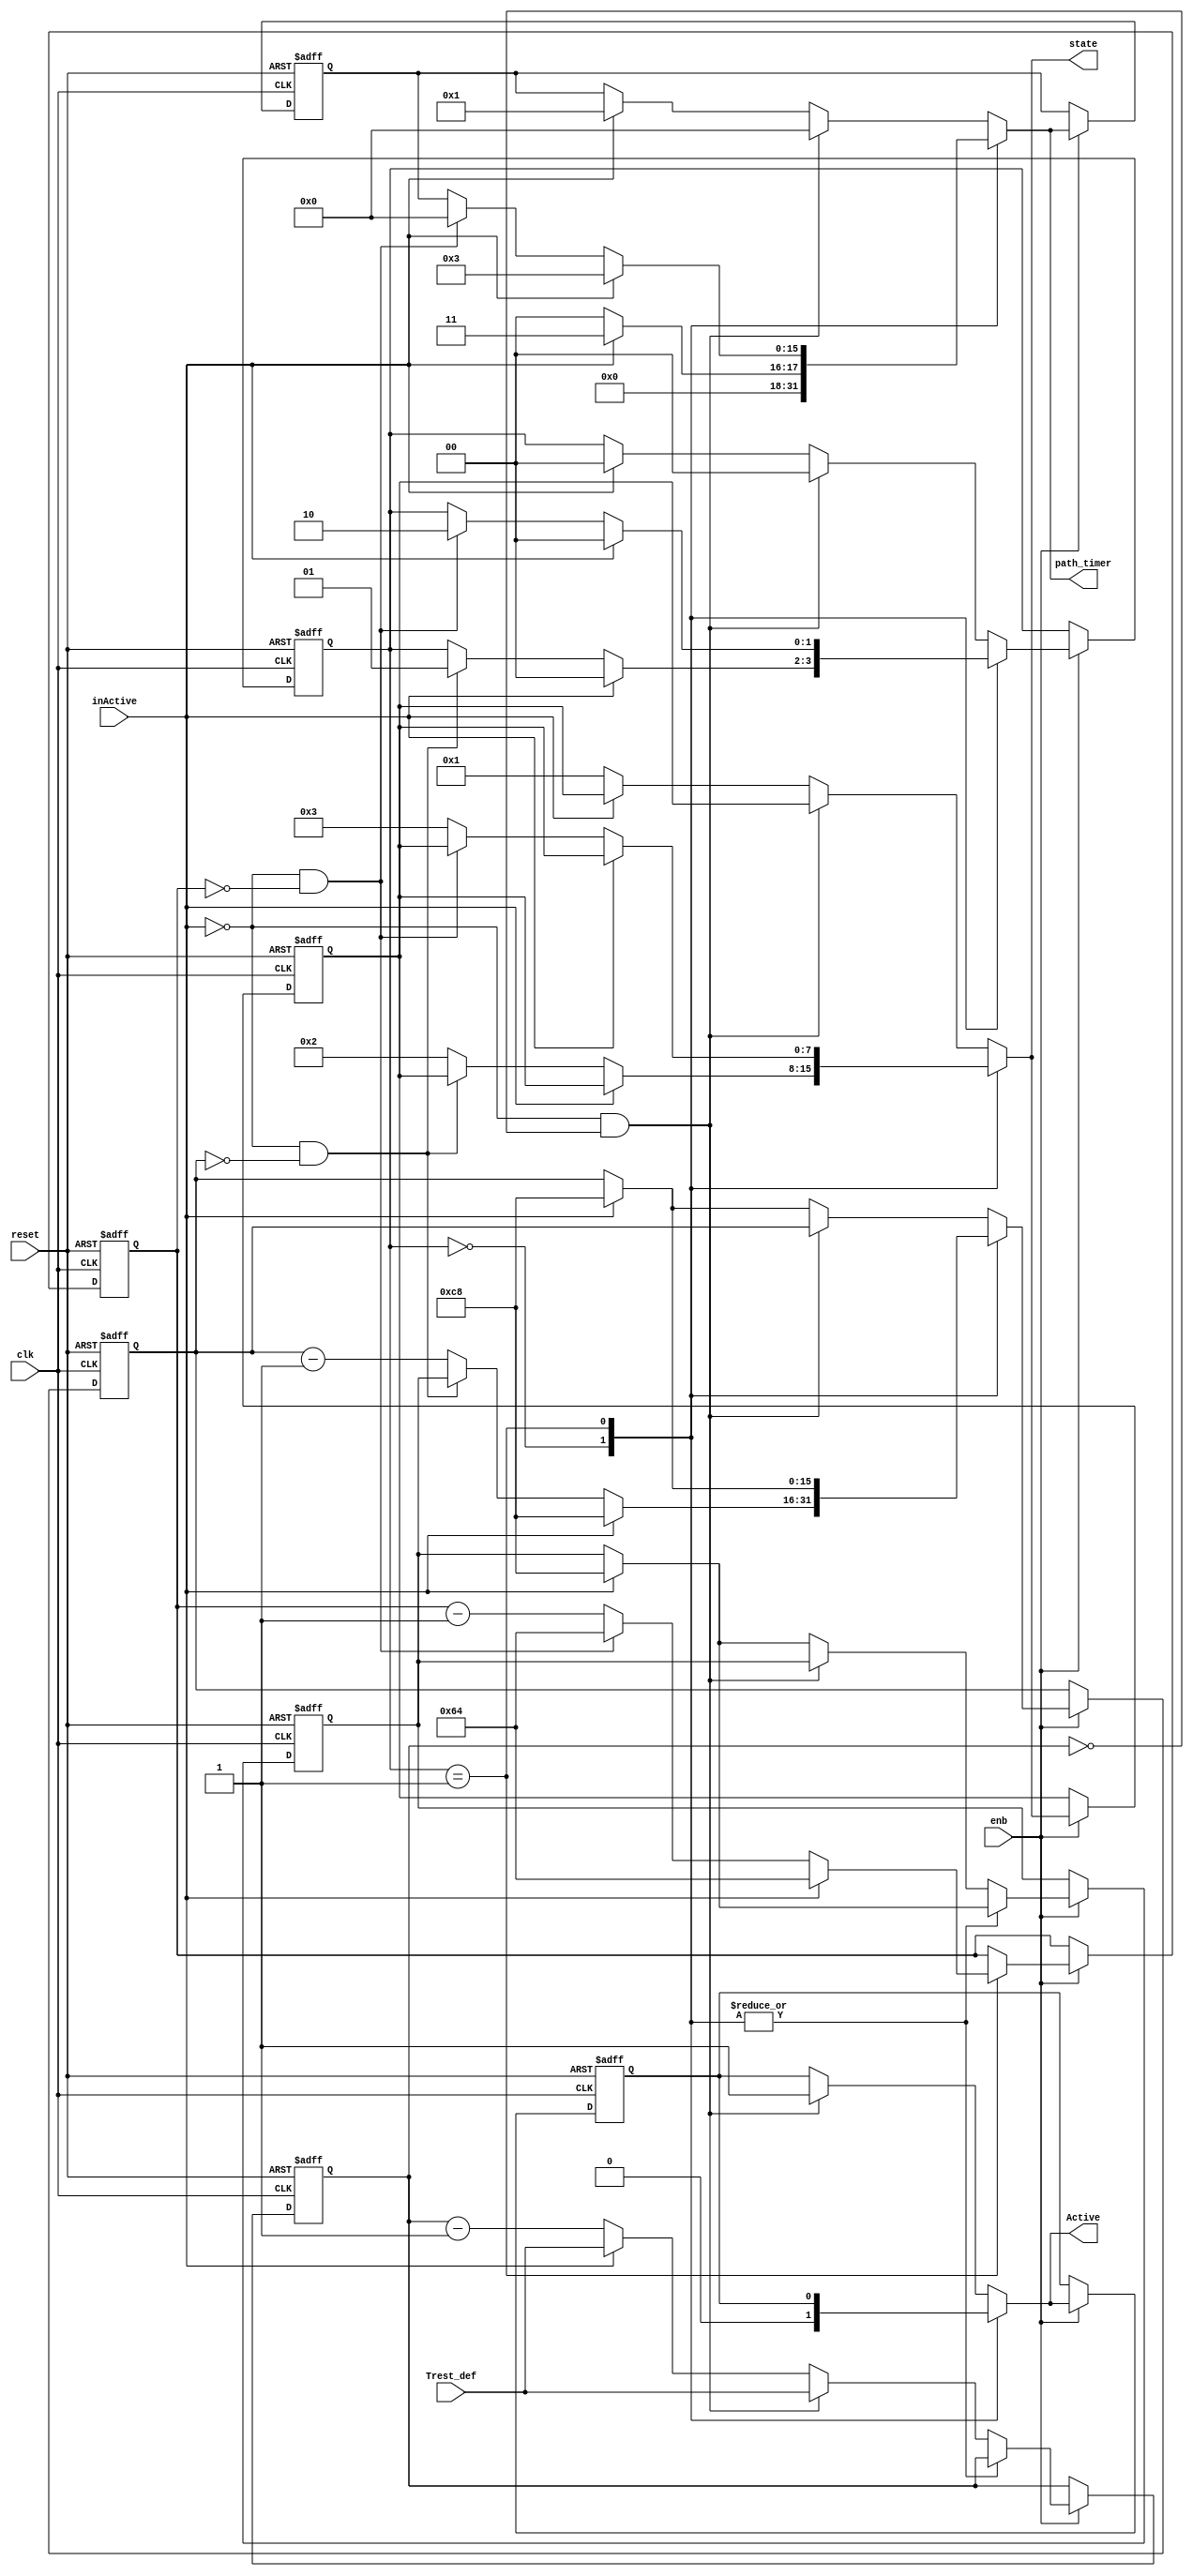
// -------------------------------------------------------------
// 
// 
// Generated by MATLAB 9.0 and HDL Coder 3.8
// 
// -------------------------------------------------------------


// -------------------------------------------------------------
// 
// Module: node_aut_block
// Source Path: case2mod_new/NA2_AV/node_aut
// Hierarchy Level: 2
// 
// -------------------------------------------------------------

`timescale 1 ns / 1 ns

module node_aut_block
          (
           clk,
           reset,
           enb,
           inActive,
           Trest_def,
           Active,
           state,
           path_timer
          );


  input   clk;
  input   reset;
  input   enb;
  input   inActive;
  input   [15:0] Trest_def;  // uint16
  output  Active;
  output  [7:0] state;  // uint8
  output  [15:0] path_timer;  // uint16

  parameter [15:0] TRRP_def = 100;  // uint16
  parameter [15:0] TERP_defs = 200;  // uint16
  parameter [15:0] TERP_s = 200;  // uint16
  parameter [15:0] TRRP_s = 100;  // uint16
  parameter [15:0] Trest_s = 9999;  // uint16
  parameter [15:0] Terp_min = 200;  // uint16
  parameter [15:0] Terp_max = 200;  // uint16
  parameter is_NodeAutomaton1_IN_ERP = 2'd0, is_NodeAutomaton1_IN_RRP = 2'd1, is_NodeAutomaton1_IN_Rest = 2'd2;

  reg [1:0] is_NodeAutomaton;  // uint8
  reg [15:0] TERP_cur;  // uint16
  reg [15:0] TRRP_cur;  // uint16
  reg [15:0] Trest_cur;  // uint16
  reg [15:0] TERP_def;  // uint16
  reg  Active_reg;
  reg [7:0] state_reg;  // uint8
  reg [15:0] path_timer_reg;  // uint16
  reg [1:0] is_NodeAutomaton_next;  // enum type is_NodeAutomaton1 (3 enums)
  reg [15:0] TERP_cur_next;  // uint16
  reg [15:0] TRRP_cur_next;  // uint16
  reg [15:0] Trest_cur_next;  // uint16
  reg [15:0] TERP_def_next;  // uint16
  reg  Active_reg_next;
  reg [7:0] state_reg_next;  // uint8
  reg [15:0] path_timer_reg_next;  // uint16


  always @(posedge clk or posedge reset)
    begin : SimpleModeling_c4_s1xDqgOO5UWpFPid2aCOBUB_node_aut_process
      if (reset == 1'b1) begin
        state_reg <= 8'd0;
        Active_reg <= 1'b0;
        Trest_cur <= Trest_s;
        TERP_def <= TERP_defs;
        TERP_cur <= TERP_s;
        TRRP_cur <= TRRP_s;
        path_timer_reg <= 16'd0;
        is_NodeAutomaton <= is_NodeAutomaton1_IN_Rest;
      end
      else begin
        if (enb) begin
          is_NodeAutomaton <= is_NodeAutomaton_next;
          TERP_cur <= TERP_cur_next;
          TRRP_cur <= TRRP_cur_next;
          Trest_cur <= Trest_cur_next;
          TERP_def <= TERP_def_next;
          Active_reg <= Active_reg_next;
          state_reg <= state_reg_next;
          path_timer_reg <= path_timer_reg_next;
        end
      end
    end

  always @(is_NodeAutomaton, TERP_cur, TRRP_cur, Trest_cur, inActive, Trest_def, TERP_def,
       Active_reg, state_reg, path_timer_reg) begin
    TERP_def_next = TERP_def;
    Active_reg_next = Active_reg;
    state_reg_next = state_reg;
    path_timer_reg_next = path_timer_reg;
    is_NodeAutomaton_next = is_NodeAutomaton;
    TERP_cur_next = TERP_cur;
    TRRP_cur_next = TRRP_cur;
    Trest_cur_next = Trest_cur;
    case ( is_NodeAutomaton)
      is_NodeAutomaton1_IN_ERP :
        begin
          if (inActive) begin
            TERP_cur_next = Terp_min;
            TERP_def_next = Terp_min;
            path_timer_reg_next = 16'd3;
            Active_reg_next = 1'b0;
            is_NodeAutomaton_next = is_NodeAutomaton1_IN_ERP;
          end
          else if ( ! inActive && (TERP_cur == 16'b0000000000000000)) begin
            TERP_cur_next = TERP_def;
            path_timer_reg_next = 16'd0;
            Active_reg_next = 1'b0;
            is_NodeAutomaton_next = is_NodeAutomaton1_IN_RRP;
          end
          else begin
            TERP_cur_next = TERP_cur - 16'd1;
            path_timer_reg_next = 16'd0;
            Active_reg_next = 1'b0;
            state_reg_next = 8'd2;
          end
        end
      is_NodeAutomaton1_IN_RRP :
        begin
          if (inActive) begin
            TERP_def_next = Terp_min;
            path_timer_reg_next = 16'd3;
            TERP_cur_next = Terp_min;
            TRRP_cur_next = TRRP_def;
            is_NodeAutomaton_next = is_NodeAutomaton1_IN_ERP;
          end
          else if ( ! inActive && (TRRP_cur == 16'b0000000000000000)) begin
            TRRP_cur_next = TRRP_def;
            path_timer_reg_next = 16'd0;
            is_NodeAutomaton_next = is_NodeAutomaton1_IN_Rest;
          end
          else begin
            TRRP_cur_next = TRRP_cur - 16'd1;
            state_reg_next = 8'd3;
          end
        end
      default :
        begin
          if ( ! inActive && (Trest_cur == 16'b0000000000000000)) begin
            Trest_cur_next = Trest_def;
            Active_reg_next = 1'b1;
            path_timer_reg_next = 16'd0;
            is_NodeAutomaton_next = is_NodeAutomaton1_IN_ERP;
          end
          else if (inActive) begin
            Trest_cur_next = Trest_def;
            TERP_def_next = Terp_max;
            TERP_cur_next = Terp_max;
            path_timer_reg_next = 16'd1;
            is_NodeAutomaton_next = is_NodeAutomaton1_IN_ERP;
          end
          else begin
            Trest_cur_next = Trest_cur - 16'd1;
            state_reg_next = 8'd1;
          end
        end
    endcase
  end

  assign Active = Active_reg_next;
  assign state = state_reg_next;
  assign path_timer = path_timer_reg_next;



endmodule  // node_aut_block